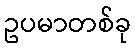
ဥပမာတစ်ခု